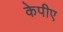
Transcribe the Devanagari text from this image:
केपीए